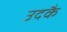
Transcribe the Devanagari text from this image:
उदकै